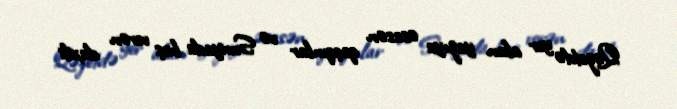
Qəzetdə yer alan yazıya əsasən qaçqınlar və Suriyada baş verən daxili